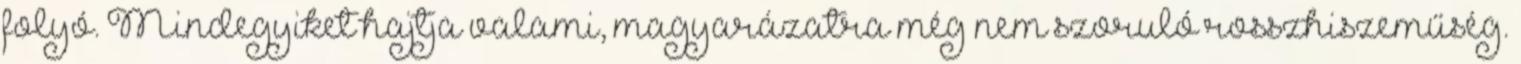
folyó. Mindegyiket hajtja valami, magyarázatra még nem szoruló rosszhiszeműség.